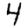
Digit: 4